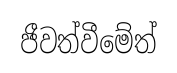
ජීවත්වීමේත්